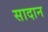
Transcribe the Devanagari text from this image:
सादान